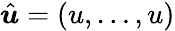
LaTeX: \hat{\boldsymbol{u}}=(u,\dots,u)